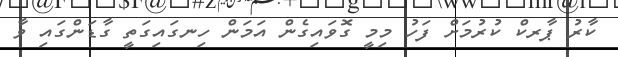
ކާރު ޕާރކް ކުރުމަށް ފަހު މިމީ ގޮވައިގެން އަމަން ހިނގައިގަތީ ގާޑަންގައި ވާ